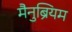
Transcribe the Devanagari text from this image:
मैनुब्रियम